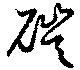
磑